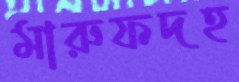
মারুফদহ